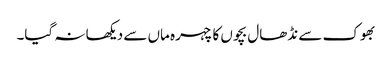
بھوک سے نڈھال بچوں کا چہرہ ماں سے دیکھا نہ گیا۔